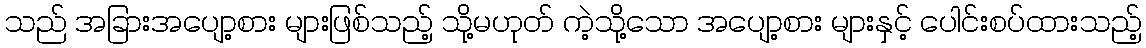
သည် အခြားအပျော့စား များဖြစ်သည့် သို့မဟုတ် ကဲ့သို့သော အပျော့စား များနှင့် ပေါင်းစပ်ထားသည့်